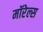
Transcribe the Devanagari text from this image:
मॉरेल्स